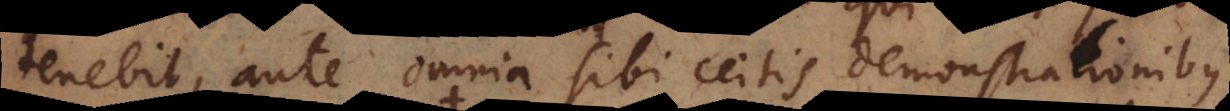
tenebit, ante omnia sibi certis demonstrationibus